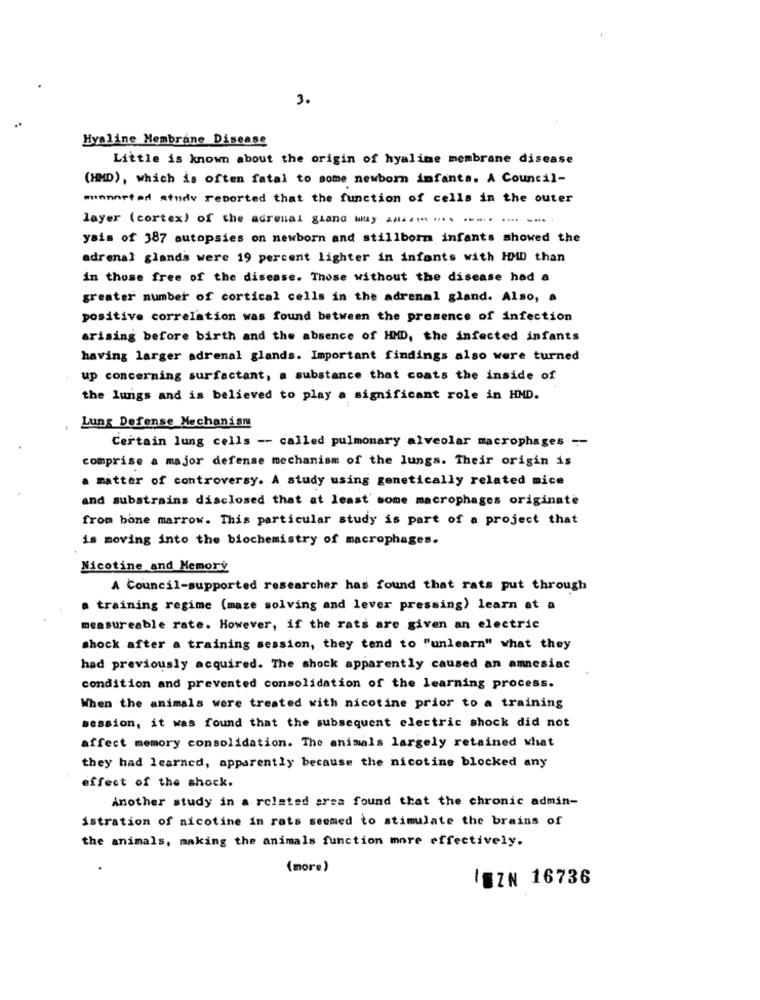
3.
Hyaline Membrane Disease
Little is known about the origin of hyaline membrane disease
(HMD), which is often fatal to some newborn infants. A Council-
minnorted study reported that the function of cells in the outer
layer (cortex) of the adrenal gland Muy ....... ... ... ... ...
ysis of 387 autopsies on newborn and stillborn infants showed the
adrenal glands were 19 percent lighter in infants with HMD than
in those free of the disease. Those without the disease had a
greater number of cortical cells in the adrenal gland. Also, a
positive correlation was found between the presence of infection
arising before birth and the absence of HMD, the infected infants
having larger adrenal glands. Important findings also were turned
up concerning surfactant, a substance that coats the inside of
the lungs and is believed to play a significant role in HMD.
Lung Defense Mechanism
Certain lung cells -- called pulmonary alveolar macrophages --
comprise a major defense mechanism of the lungs. Their origin is
a matter of controversy. A study using genetically related mice
and substrains disclosed that at least some macrophages originate
from bone marrow. This particular study is part of a project that
is moving into the biochemistry of macrophages.
Nicotine and Memory
A Council-supported researcher has found that rats put through
a training regime (maze solving and lever pressing) learn at a
measureable rate. However, if the rats are given an electric
shock after a training session, they tend to "unlearn" what they
had previously acquired. The shock apparently caused an amnesiac
condition and prevented consolidation of the learning process.
When the animals were treated with nicotine prior to a training
session, it was found that the subsequent electric shock did not
affect memory consolidation. The animals largely retained what
they had learned, apparently because the nicotine blocked any
effect of the shock.
Another study in a related area found that the chronic admin-
istration of nicotine in rats seemed to stimulate the brains of
the animals, making the animals function more effectively.
(more)
IEZN 16736